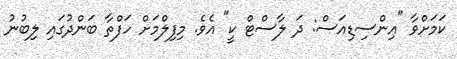
ކަމަށްވާ "އިންސިޑިއަސް: ދަ ލާސްޓް ކީ" އެވެ. މިފިލްމަށް ހަފްތާ ބަންދުގައި ލިބުނު